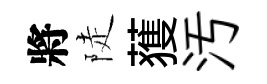
將陡𫉬汚